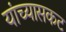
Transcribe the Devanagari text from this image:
यांच्यासकट